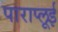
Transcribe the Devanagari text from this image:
पाराप्लूई